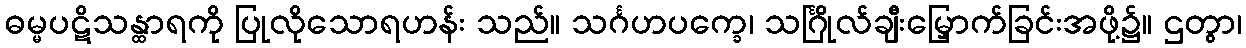
ဓမ္မပဋိသန္ထာရကို ပြုလိုသောရဟန်း သည်။ သင်္ဂဟပက္ခေ၊ သင်္ဂြိုလ်ချီးမြှောက်ခြင်းအဖို့၌။ ဌတွာ၊